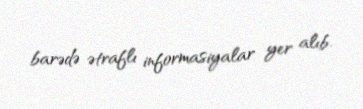
barədə ətraflı informasiyalar yer alıb.